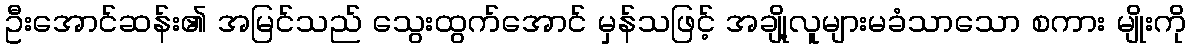
ဦးအောင်ဆန်း၏ အမြင်သည် သွေးထွက်အောင် မှန်သဖြင့် အချို့လူများမခံသာသော စကား မျိုးကို